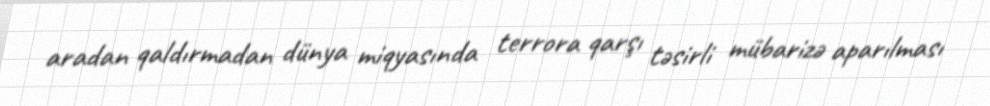
aradan qaldırmadan dünya miqyasında terrora qarşı təsirli mübarizə aparılması